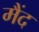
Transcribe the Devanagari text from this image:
मैंद